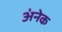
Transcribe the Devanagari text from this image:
अ॑नेक